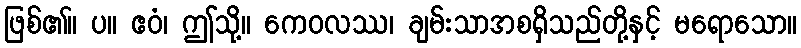
ဖြစ်၏။ ပ။ ဧဝံ၊ ဤသို့။ ကေဝလဿ၊ ချမ်းသာအစရှိသည်တို့နှင့် မရောသော။